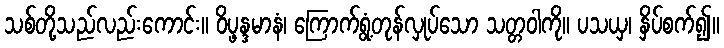
သစ်တို့သည်လည်းကောင်း။ ဝိပ္ဖန္ဒမာနံ၊ ကြောက်ရွံ့တုန်လှုပ်သော သတ္တဝါကို။ ပသယှ၊ နှိပ်စက်၍။